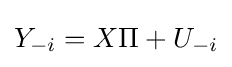
Y_{-i}=X\Pi +U_{-i}